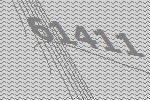
61411